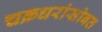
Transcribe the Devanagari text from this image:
चक्रधरांसोबत